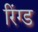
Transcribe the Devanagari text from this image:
रिंग्ड